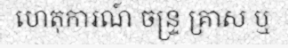
ហេតុការណ៍ ចន្ទ្រ គ្រាស ឬ